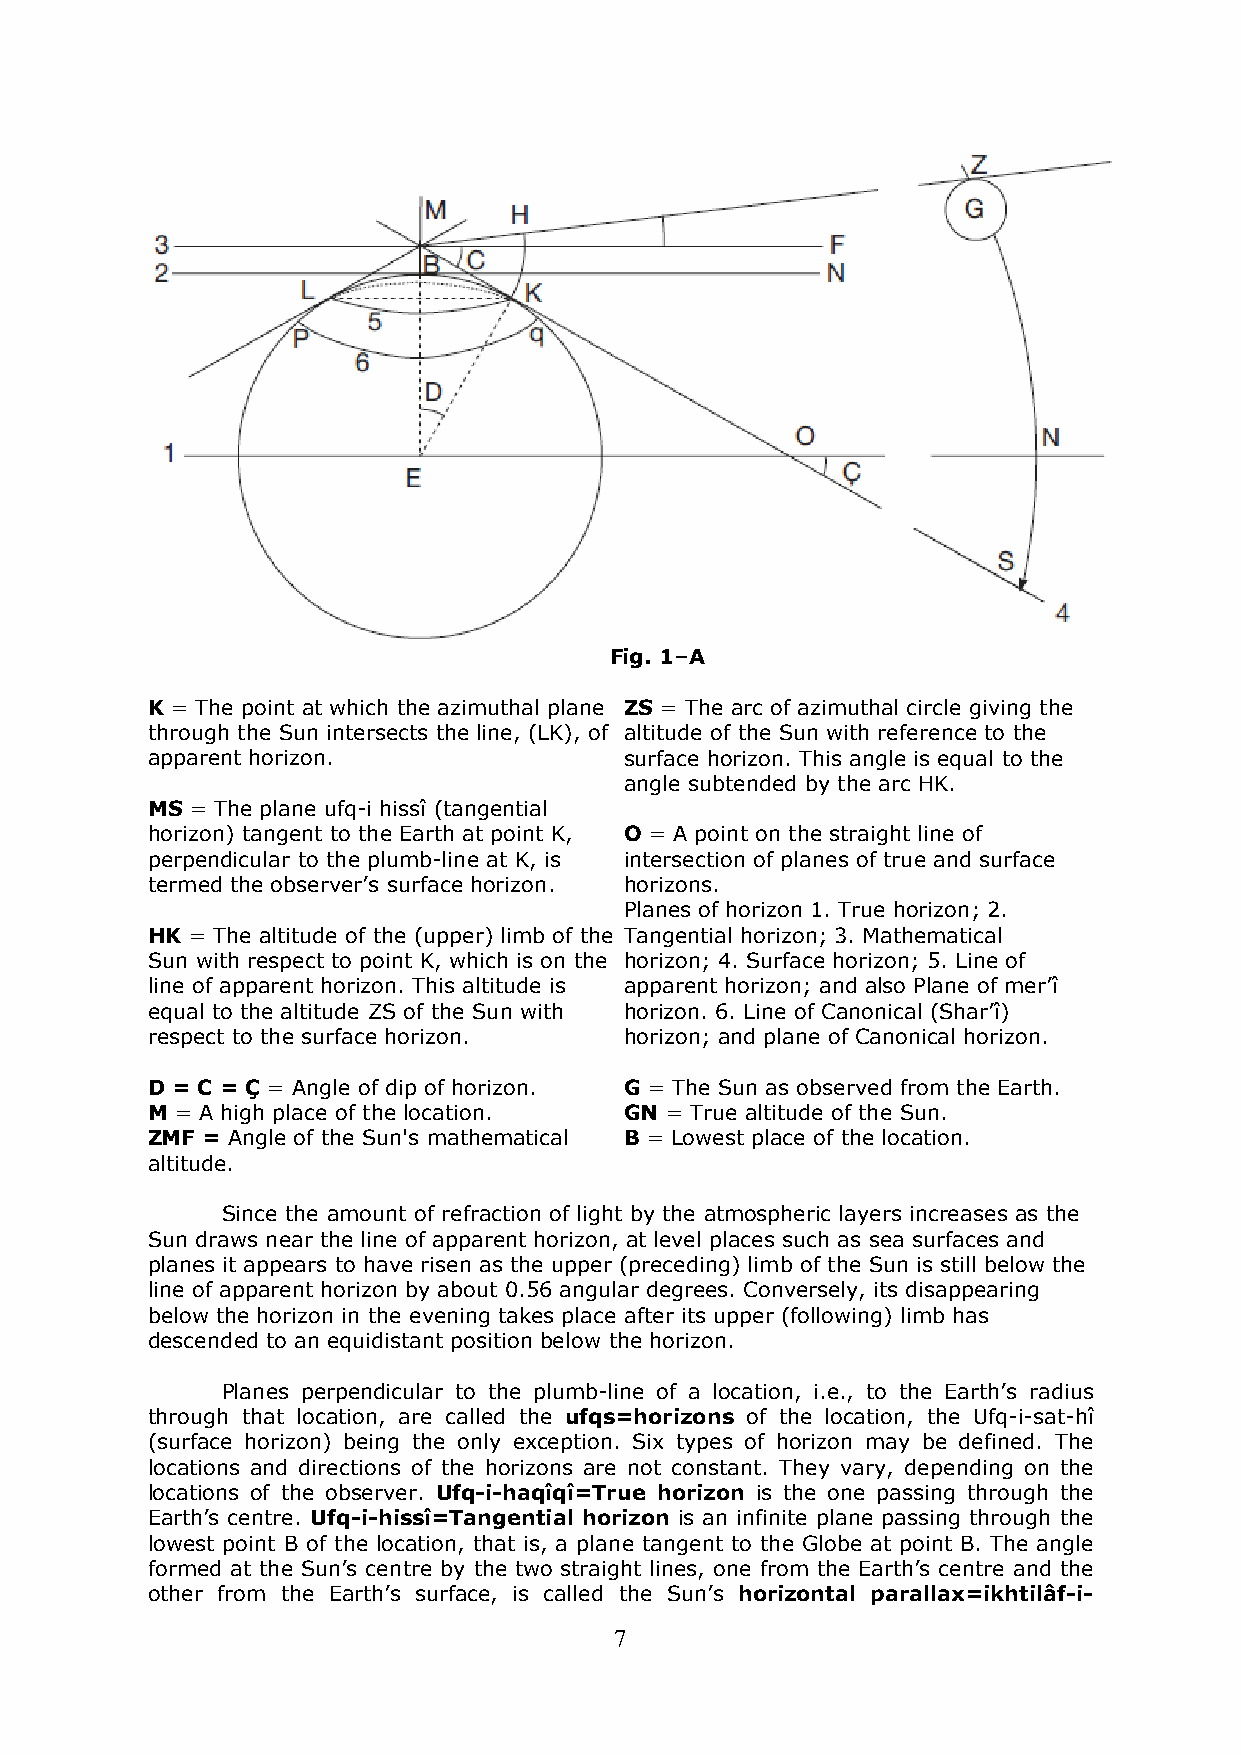
Fig. 1–A
 K = The point at which the azimuthal plane ZS = The arc of azimuthal circle giving the
 through the Sun intersects the line, (LK), of altitude of the Sun with reference to the
 apparent horizon.              surface horizon. This angle is equal to the
 angle subtended by the arc HK.
 MS = The plane ufq-i hissî (tangential
 horizon) tangent to the Earth at point K, O = A point on the straight line of
 perpendicular to the plumb-line at K, is intersection of planes of true and surface
 termed the observer’s surface horizon. horizons.
 Planes of horizon 1. True horizon; 2.
 HK = The altitude of the (upper) limb of the Tangential horizon; 3. Mathematical
 Sun with respect to point K, which is on the horizon; 4. Surface horizon; 5. Line of
 line of apparent horizon. This altitude is apparent horizon; and also Plane of mer’î
 equal to the altitude ZS of the Sun with horizon. 6. Line of Canonical (Shar’î)
 respect to the surface horizon. horizon; and plane of Canonical horizon.
 D = C = Ç = Angle of dip of horizon. G = The Sun as observed from the Earth.
 M = A high place of the location. GN = True altitude of the Sun.
 ZMF = Angle of the Sun's mathematical B = Lowest place of the location.
 altitude.
 Since the amount of refraction of light by the atmospheric layers increases as the
 Sun draws near the line of apparent horizon, at level places such as sea surfaces and
 planes it appears to have risen as the upper (preceding) limb of the Sun is still below the
 line of apparent horizon by about 0.56 angular degrees. Conversely, its disappearing
 below the horizon in the evening takes place after its upper (following) limb has
 descended to an equidistant position below the horizon.
 Planes perpendicular to the plumb-line of a location, i.e., to the Earth’s radius
 through that location, are called the ufqs=horizons of the location, the Ufq-i-sat-hî
 (surface horizon) being the only exception. Six types of horizon may be defined. The
 locations and directions of the horizons are not constant. They vary, depending on the
 locations of the observer. Ufq-i-haqîqî=True horizon is the one passing through the
 Earth’s centre. Ufq-i-hissî=Tangential horizon is an infinite plane passing through the
 lowest point B of the location, that is, a plane tangent to the Globe at point B. The angle
 formed at the Sun’s centre by the two straight lines, one from the Earth’s centre and the
 other from the Earth’s surface, is called the Sun’s horizontal parallax=ikhtilâf-i-
 7